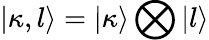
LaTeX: |\kappa,l\rangle=|\kappa\rangle\bigotimes|l\rangle